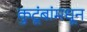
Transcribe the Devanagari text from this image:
कुटूंबांमधून